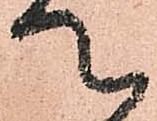
て